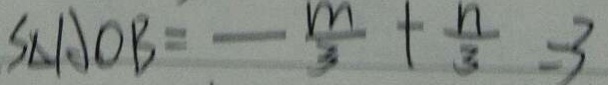
S _ { \Delta } A O B = - \frac { m } { 3 } + \frac { n } { 3 } = 3